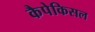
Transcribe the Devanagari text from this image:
कैपेकिसल